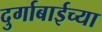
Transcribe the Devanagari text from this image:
दुर्गाबाईच्या